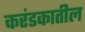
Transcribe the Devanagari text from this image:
करंडकातील